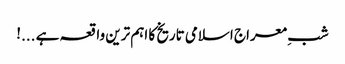
شبِ معراج اسلامی تاریخ کا اہم ترین واقعہ ہے ...!